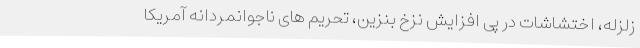
زلزله، اختشاشات در پی افزایش نزخ بنزین، تحریم های ناجوانمردانه آمریکا